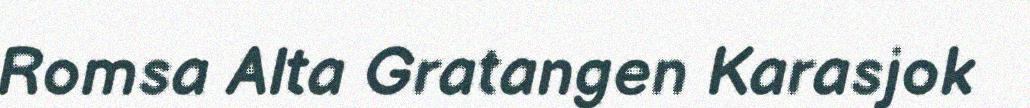
Romsa Alta Gratangen Karasjok